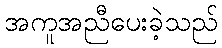
အကူအညီပေးခဲ့သည်